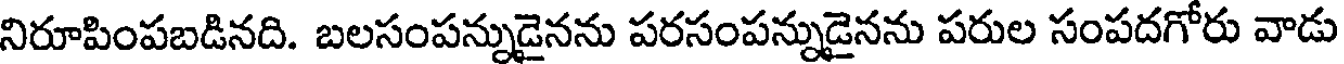
నిరూపింపబడినది. బలసంపన్నుడైనను పరసంపన్నుడైనను పరుల సంపదగోరు వాడు